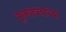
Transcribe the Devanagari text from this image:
मूलवाक्याच्या